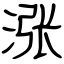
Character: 涨